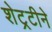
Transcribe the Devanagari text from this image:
शेट्रटीने